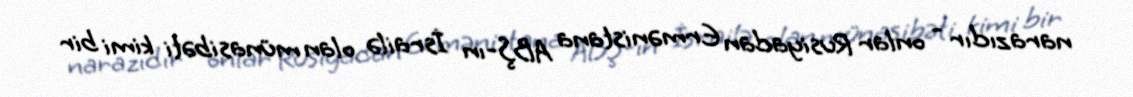
narazıdır - onlar Rusiyadan Ermənistana ABŞ-ın İsrailə olan münasibəti kimi bir